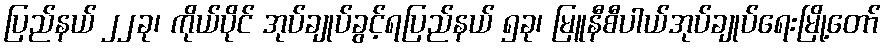
ပြည်နယ် ၂၂ခု၊ ကိုယ်ပိုင် အုပ်ချုပ်ခွင့်ရပြည်နယ် ၅ခု၊ မြူနီစီပါယ်အုပ်ချုပ်ရေးမြို့တော်